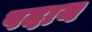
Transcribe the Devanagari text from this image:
पदाय